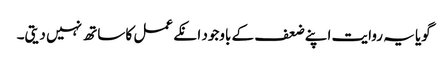
گویا یہ روایت اپنے ضعف کے باوجود انکے عمل کا ساتھ نہیں دیتی۔